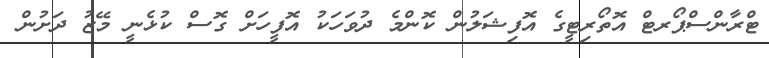
ޓްރާންސްޕޯރޓް އޮތޯރިޓީގެ އޮފިޝަލުން ކޮންމެ ދުވަހަކު އޮފީހަށް ގޮސް ކުޅެނީ މޭޒު ދަށުން